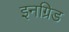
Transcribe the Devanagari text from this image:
इनग्रिड